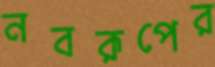
নবরূপের